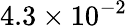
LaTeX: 4.3\times 10^{-2}